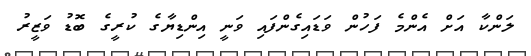
ލަންކާ އަށް އެންމެ ފަހުން ވަޑައިގެންފައި ވަނީ އިންޑިޔާގެ ކުރީގެ ބޮޑު ވަޒީރު